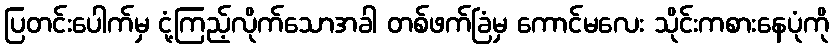
ပြတင်းပေါက်မှ ငုံ့ကြည့်လိုက်သောအခါ တစ်ဖက်ခြံမှ ကောင်မလေး သိုင်းကစားနေပုံကို